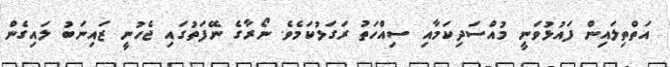
އަތްތިލައިން ފައުޅުވަނީ މުއްސަދިކަމާއި ސިއްހަތު ރަގަޅުކަމެވެ. ނޯރާގެ ނޭފަތުގައި ޖެހުނީ ޒައިނަބު ލައިގެން